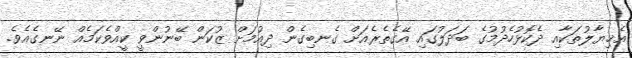
އެޚިޔާލުތަކާއި ދެކޮޅުހެދުމުގެ ބަދަލުގައި އޭގެތެރެއަށް ގެނބިގެން ދިއުމަށް ޒުކަން ބޭނުންވީ ކީއްވެކަމެއް ނޭނގެއެވެ.